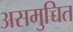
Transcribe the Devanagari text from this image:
असमुच्चित